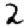
Digit: 2